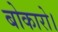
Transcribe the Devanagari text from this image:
बोकारो।